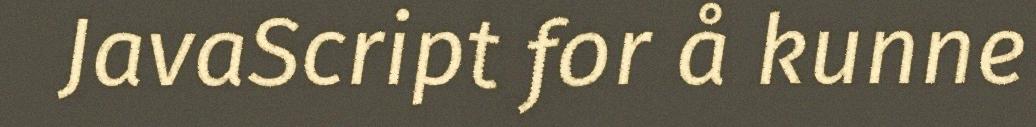
JavaScript for å kunne